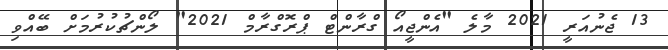
13 ޖެނުއަރީ 2021 މާލެ "އެންޖީއޯ ގްރާންޓް ޕްރޮގްރާމް 2021" ލޯންޗުކުރުމަށް ބޭއްވި